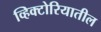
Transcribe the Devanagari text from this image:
व्हिक्टोरियातील